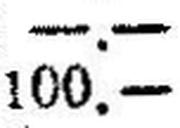
100.—